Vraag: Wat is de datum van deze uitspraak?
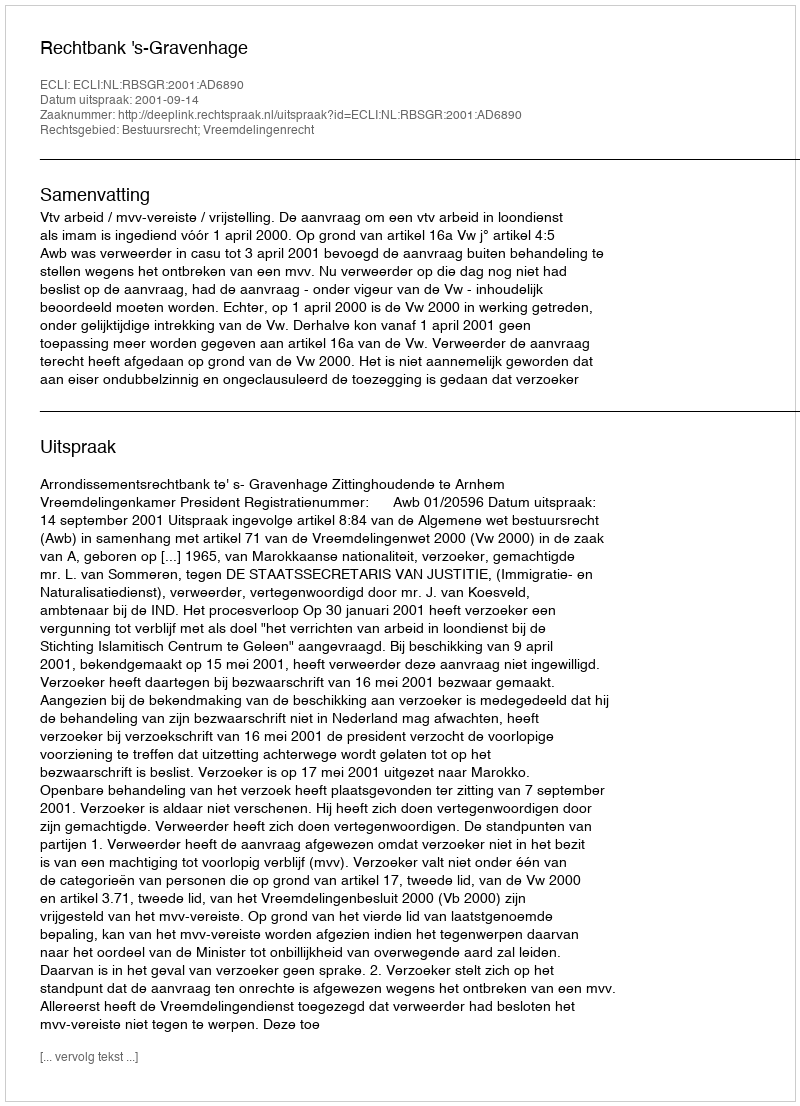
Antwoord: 2001-09-14